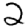
Digit: 2